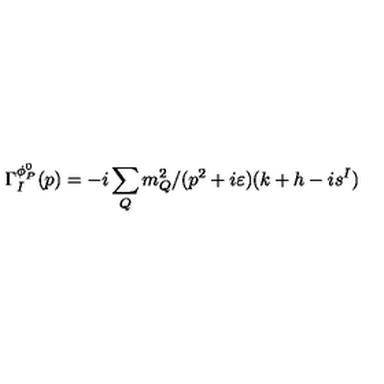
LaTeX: \Gamma _ { I } ^ { \phi _ { P } ^ { 0 } } ( p ) = - i \sum _ { Q } m _ { Q } ^ { 2 } / ( p ^ { 2 } + i \varepsilon ) ( k + h - i s ^ { I } )